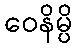
ဝေနိမ္ပိ